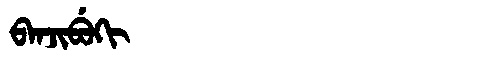
Manchu: ᠪᠠᠨᠵᡳᠪᡠᡴᡳ
Romanization: BANJIBUKI